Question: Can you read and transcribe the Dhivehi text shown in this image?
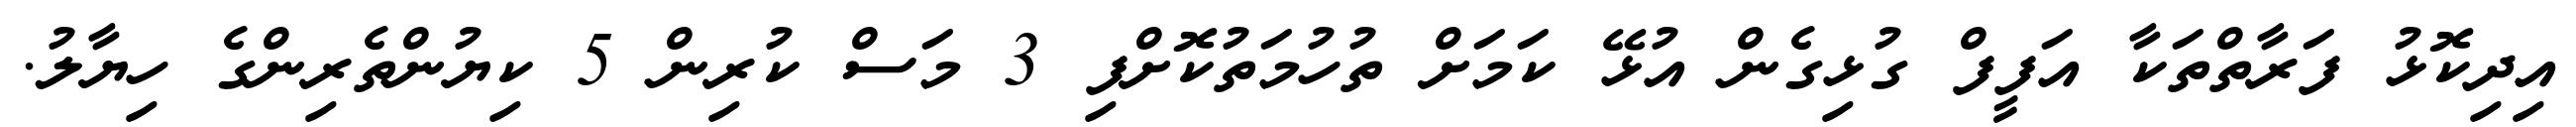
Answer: އިދިކޮޅު ފަރާތްތަކާ އަފީފް ގުޅިގެން އުޅޭ ކަމަށް ތުހުމަތުކޮށްފި 3 މަސް ކުރިން 5 ކިޔުންތެރިންގެ ހިޔާލު.